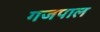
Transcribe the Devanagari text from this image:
गजपाल